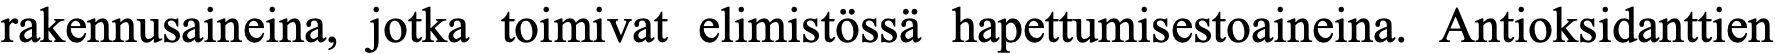
rakennusaineina, jotka toimivat elimistössä hapettumisestoaineina. Antioksidanttien